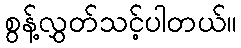
စွန့်လွှတ်သင့်ပါတယ်။